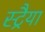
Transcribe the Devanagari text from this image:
स्ट्रैया